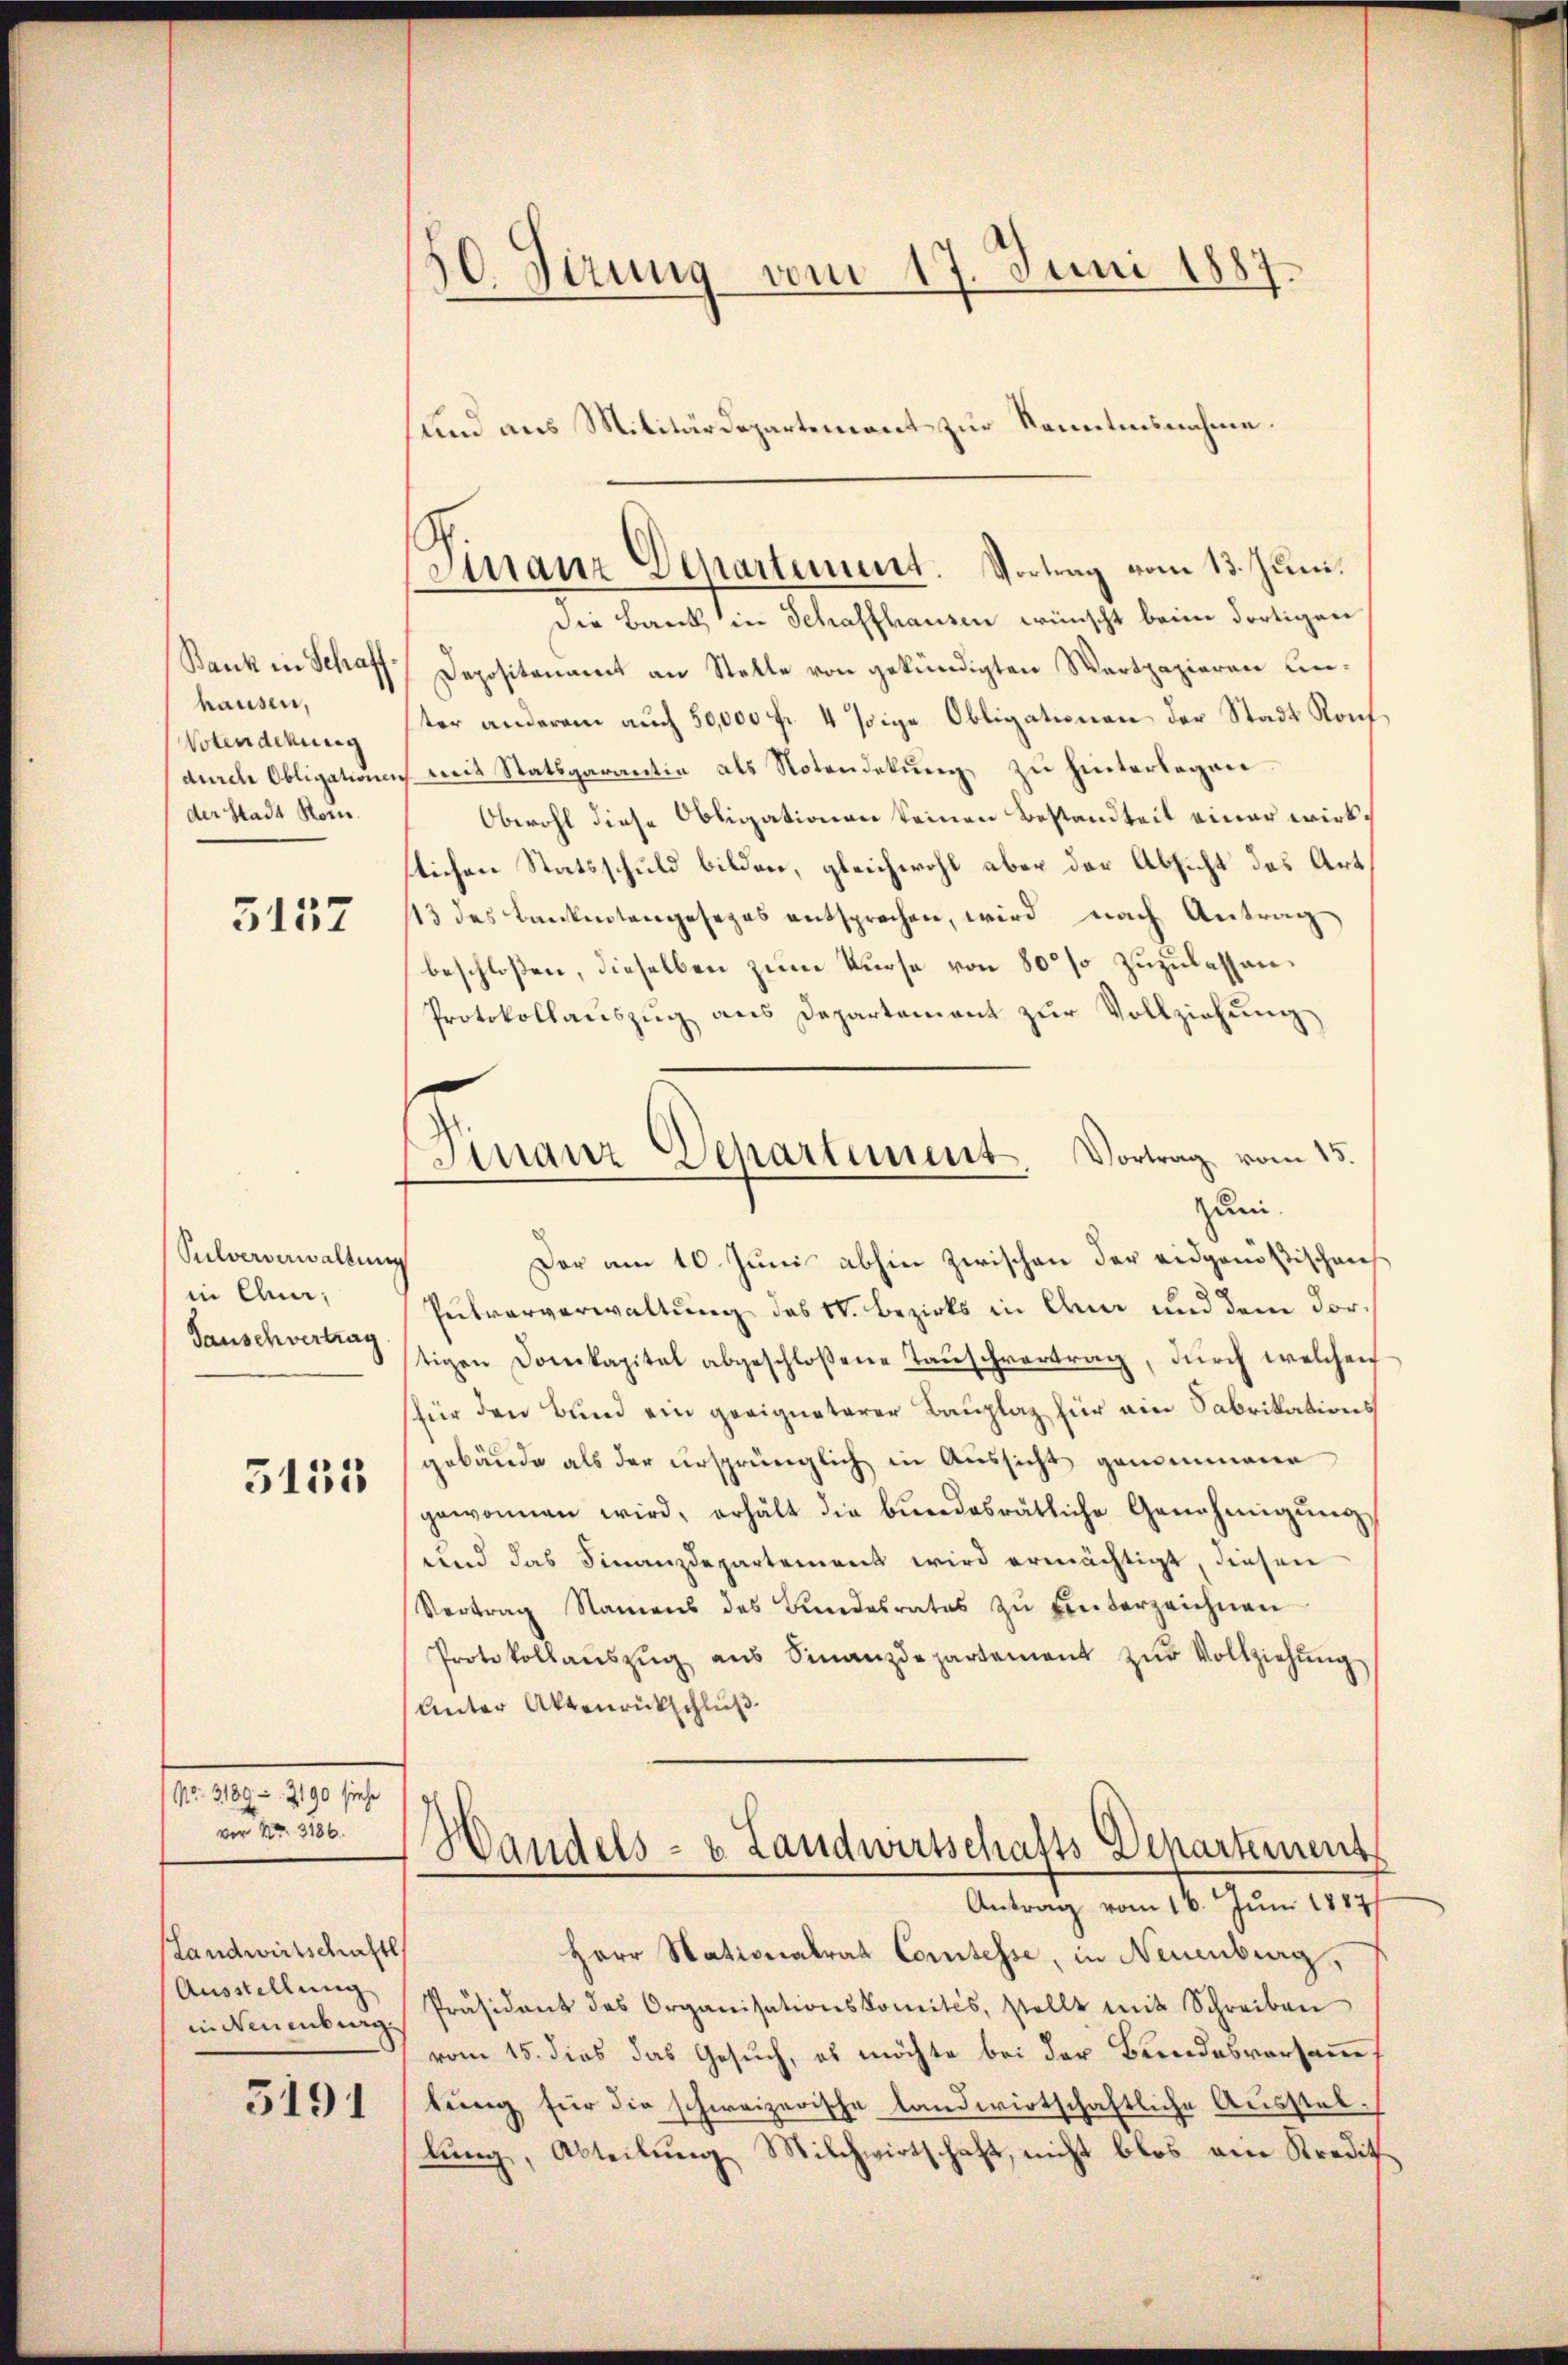
Bank in Schaffhausen,
Votenderung
der Stadt Rom.

5137

(Sulververwaltung
in Quar¬
Tauschvertrag

3135

No. 3189-2190 siehe
vor No. 3186.

Landwirtschrichtl
Ausstellung
in Neuenburg

3191

10. Jirung vom 17. Juni 1887.

sund aus Militärdepartement zur Renntnisnahme.
Suranz Departement. Vortrag vom 13. Juni.

Finanz-Departement. Vortrag vom 15.
zum.

Die Bank in Schaffhausen wünscht beim dortigen
Depositenamt an Stelle von gekündigten Wertpazieren unter anderem auch 50,000 fr. 4 sige Obligationen der Stadt Rouf,
durch Obligationen mit Statsgarantie als Notendekung zu hinterlagen.
Obwohl diese Obligationen keinen Bestandteit einer wirkslichen Statsschuld bilden, gleichwohl aber der Absicht des Art
113 des Bankentengesezes entsprechen, wird nach Antrag
beschloßen, dieselben zum Kurse von 80 so zuzulassen.
Protokollauszug aus Departement zur Vollziehung
Der am 10. Juni abhin zwischen der eidgenößischens
Pulververwaltung des St. Bezirks in den und dem dortigen Domkapital abgeschlossene Tauschvertrag, durch welchen
(für den Bund ein geeigneterer Bauplaz für ein Fabrikations
gebäude als der ursprünglich in Aussicht genommene
gewonnen wird, erhält die bŭndesrätliche Genehmigŭng
und das Finanzdepartement wird ermächtigt, diesen
Vertrag Namens des Bundesrates zŭ einterzeichnen
Protokollaŭszŭg aŭs Finanzdepartement zŭr Vollziehŭng
Unter Aktenrückschluß.
Handels- & Landwirtschafts Departement
Antrag vom 16. Juni 1857/
Herr Stationalrat Comtesse, in Neuenburg,
Präsident des Organisationskomités, stellt mit Schreiben
vom 15. dies das Gesuch, es möchte bei der Bundesvorsamme
tung für die schweizerische landwirtschaftliche Ausstellung, Abteilung Milchwirtschaft, nicht blos am Kredit